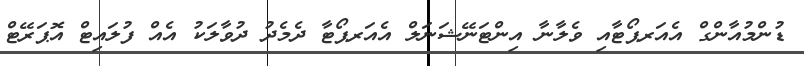
ޑުންމުއާންގް އެއަރޕޯޓާއި ވެލާނާ އިންޓަނޭޝަނަލް އެއަރޕޯޓާ ދެމެދު ދުވާލަކު އެއް ފުލައިޓް އޮޕަރޭޓް